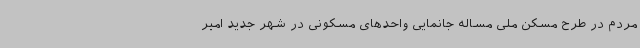
مردم در طرح مسکن ملی مساله جانمایی واحدهای مسکونی در شهر جدید امیر